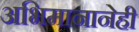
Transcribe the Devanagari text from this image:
अभिमानानेही